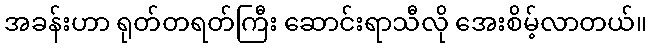
အခန်းဟာ ရုတ်တရတ်ကြီး ဆောင်းရာသီလို အေးစိမ့်လာတယ်။